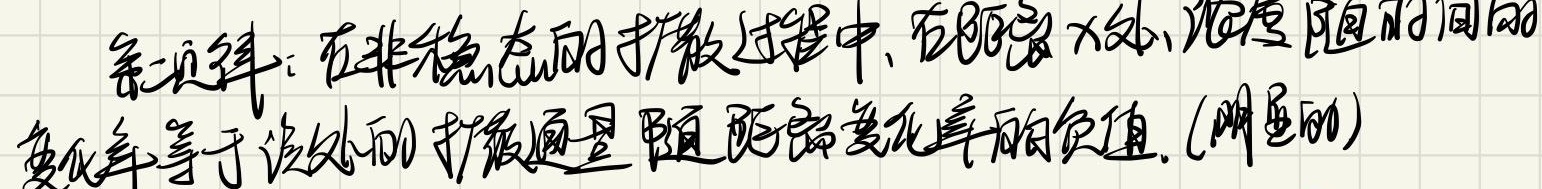
第二定律：在非稳态的扩散过程中，在距离\(x\)处，浓度随时间的变化率等于该处的扩散通量随距离变化率的负值. (明显的)